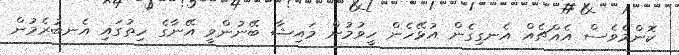
ކޮންމެވެސް އެއްޗެއް އެނގިގެން އުޅޭހެން ހީވުމުން މައިޝާ ބޭނުންވީ އޭނާގެ ހިތުގައި އެނބުރެމުން